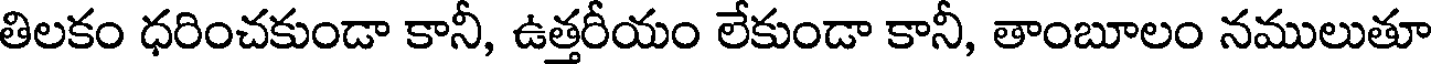
తిలకం ధరించకుండా కానీ, ఉత్తరీయం లేకుండా కానీ, తాంబూలం నములుతూ